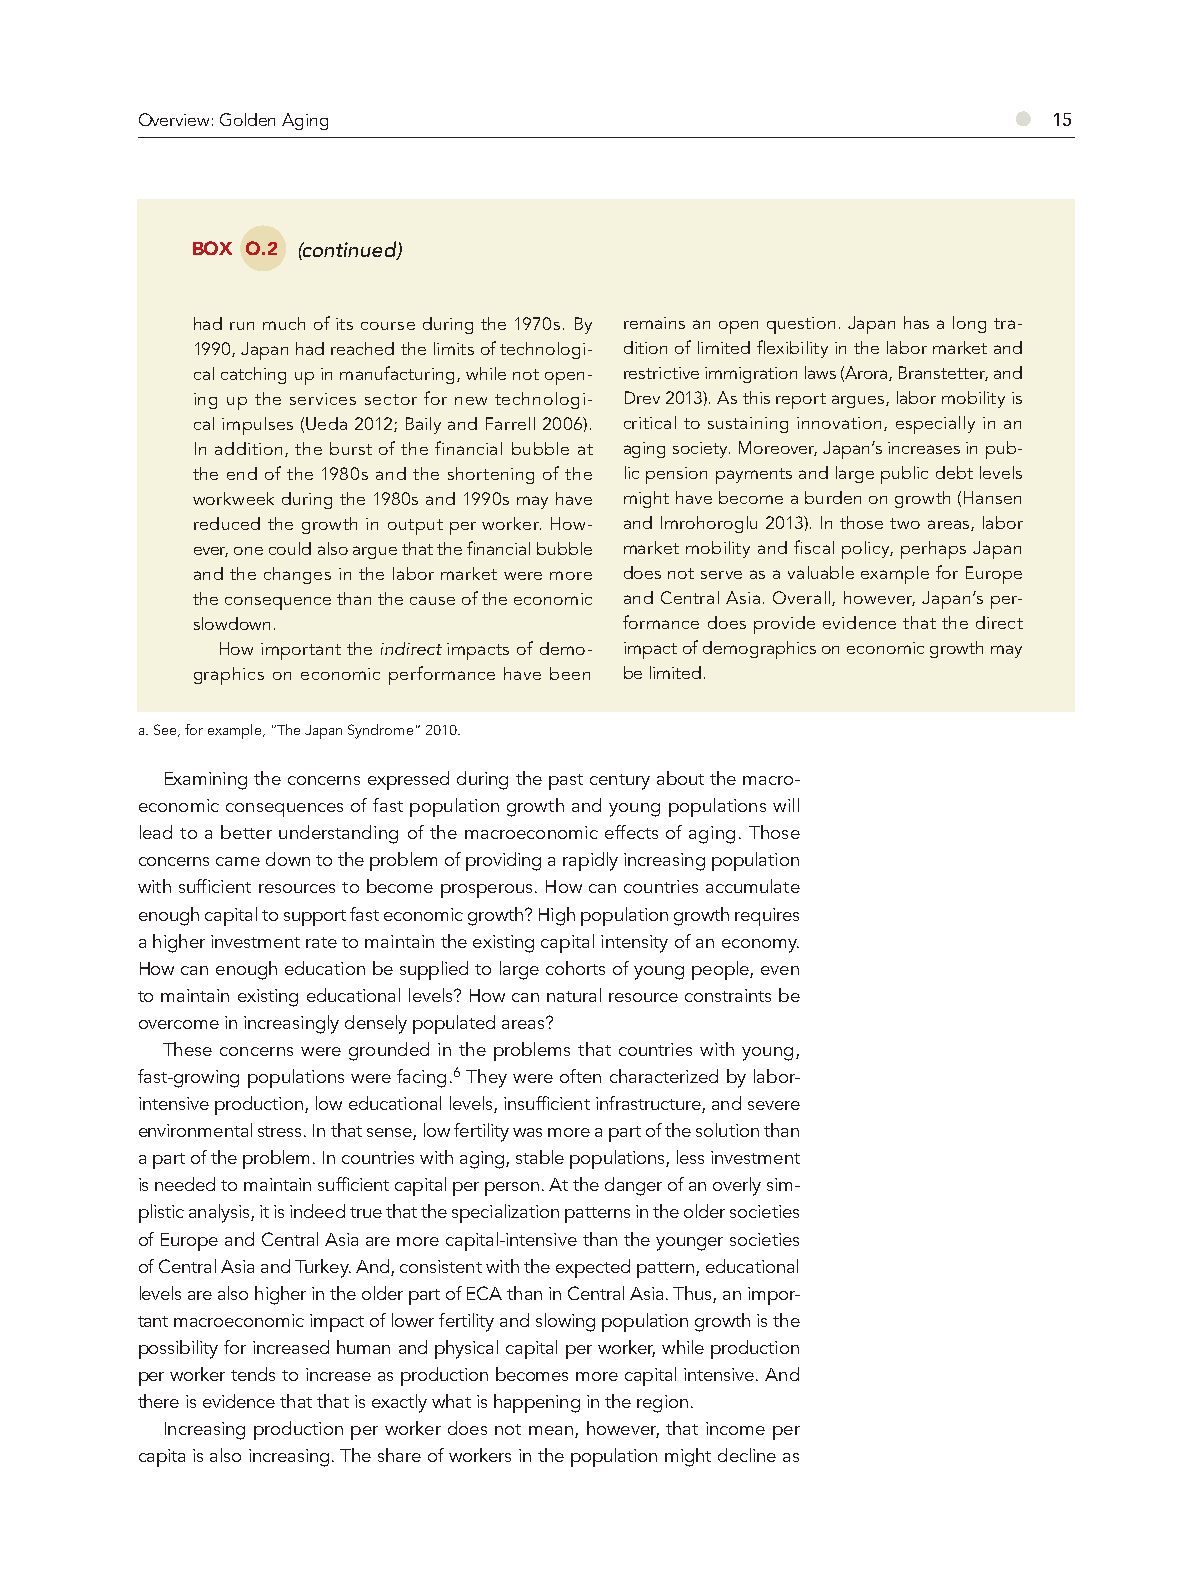
Overview: Golden Aging                                    ●  15
 BOX O.2 (continued)
 had run much of its course during the 1970s. By remains an open question. Japan has a long tra-
 1990, Japan had reached the limits of technologi- dition of limited fl exibility in the labor market and
 cal catching up in manufacturing, while not open- restrictive immigration laws (Arora, Branstetter, and
 ing up the services sector for new technologi- Drev 2013). As this report argues, labor mobility is
 cal impulses (Ueda 2012; Baily and Farrell 2006). critical to sustaining innovation, especially in an
 In addition, the burst of the financial bubble at aging society. Moreover, Japan’s increases in pub-
 the end of the 1980s and the shortening of the lic pension payments and large public debt levels
 workweek during the 1980s and 1990s may have might have become a burden on growth (Hansen
 reduced the growth in output per worker. How- and Imrohoroglu 2013). In those two areas, labor
 ever, one could also argue that the fi nancial bubble market mobility and fi scal policy, perhaps Japan
 and the changes in the labor market were more does not serve as a valuable example for Europe
 the consequence than the cause of the economic and Central Asia. Overall, however, Japan’s per-
 slowdown.                   formance does provide evidence that the direct
 How important the indirect impacts of demo- impact of demographics on economic growth may
 graphics on economic performance have been be limited.
 a. See, for example, “The Japan Syndrome” 2010.
 Examining the concerns expressed during the past century about the macro-
 economic consequences of fast population growth and young populations will
 lead to a better understanding of the macroeconomic effects of aging. Those
 concerns came down to the problem of providing a rapidly increasing population
 with sufficient resources to become prosperous. How can countries accumulate
 enough capital to support fast economic growth? High population growth requires
 a higher investment rate to maintain the existing capital intensity of an economy.
 How can enough education be supplied to large cohorts of young people, even
 to maintain existing educational levels? How can natural resource constraints be
 overcome in increasingly densely populated areas?
 These concerns were grounded in the problems that countries with young,
 fast-growing populations were facing.6 They were often characterized by labor-
 intensive production, low educational levels, insufficient infrastructure, and severe
 environmental stress. In that sense, low fertility was more a part of the solution than
 a part of the problem. In countries with aging, stable populations, less investment
 is needed to maintain sufficient capital per person. At the danger of an overly sim-
 plistic analysis, it is indeed true that the specialization patterns in the older societies
 of Europe and Central Asia are more capital-intensive than the younger societies
 of Central Asia and Turkey. And, consistent with the expected pattern, educational
 levels are also higher in the older part of ECA than in Central Asia. Thus, an impor-
 tant macroeconomic impact of lower fertility and slowing population growth is the
 possibility for increased human and physical capital per worker, while production
 per worker tends to increase as production becomes more capital intensive. And
 there is evidence that that is exactly what is happening in the region.
 Increasing production per worker does not mean, however, that income per
 capita is also increasing. The share of workers in the population might decline as